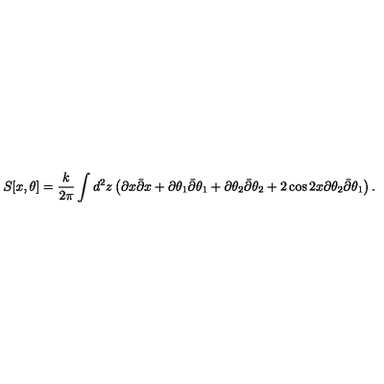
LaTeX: S [ x , \theta ] = \frac { k } { 2 \pi } \int d ^ { 2 } z \left( \partial x \bar { \partial } x + \partial \theta _ { 1 } \bar { \partial } \theta _ { 1 } + \partial \theta _ { 2 } \bar { \partial } \theta _ { 2 } + 2 \cos { 2 x } \partial \theta _ { 2 } \bar { \partial } \theta _ { 1 } \right) .